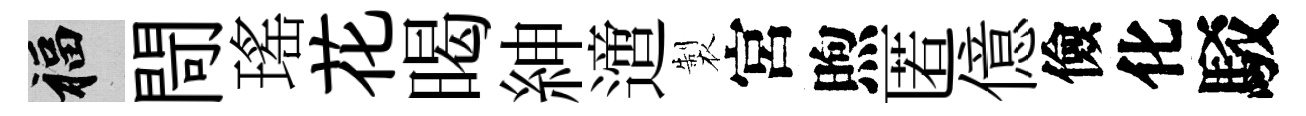
福閜瑤花暍紳𨗁製宮煦匿億儉化駁